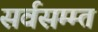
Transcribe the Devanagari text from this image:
सर्वसम्म्त